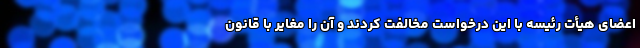
اعضای هیأت رئیسه با این درخواست مخالفت کردند و آن را مغایر با قانون